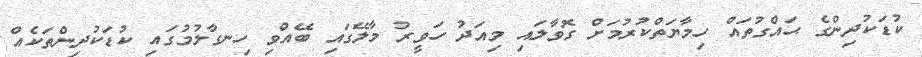
ކުޑަކުދިންގެ ޙައްގުތައް ހިމާޔަތްކުރުމަށް ގޮވާލައި މިއަދު ހަވީރު މާލޭގައި ބޭއްވި ހިނގާލުމުގައި ކުޑަކުދިންތަކެއް